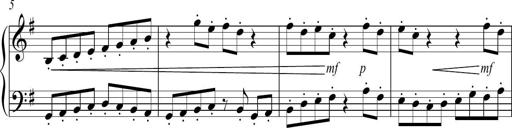
Title: Sonatina no. 2
Composer: Brian Henderson-Sellers
Key: G major